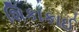
શિકાકાઈ